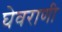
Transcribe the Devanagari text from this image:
घेवराणी